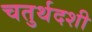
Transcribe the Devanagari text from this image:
चतुर्थदशी